Insane asylums in Bengal annual reports 1876-1887 - 1876-1887
Year: 1876
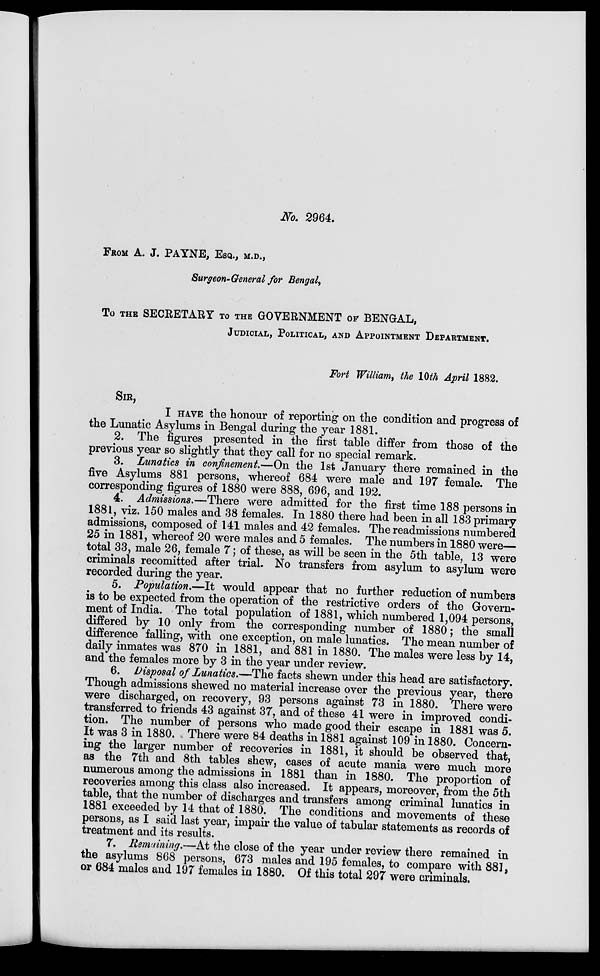
No. 2964.
FROM A. J. PAYNE, ESQ., M.D.,
Surgeon-General for Bengal,
To THE SECRETARY TO THE GOVERNMENT OF BENGAL,
JUDICIAL, POLITICAL, AND APPOINTMENT DEPARTMENT.
Fort William, the 10th April 1882.
SIR,
I HAVE the honour of reporting on the condition and progress of
the Lunatic Asylums in Bengal during the year 1881.
2. The figures presented in the first table differ from those of the
previous year so slightly that they call for no special remark.
3. Lunatics in confinement.—On the 1st January there remained in the
five Asylums 881 persons, whereof 684 were male and 197 female. The
corresponding figures of 1880 were 888, 696, and 192.
4. Admissions.—There were admitted for the first time 188 persons in
1881, viz. 150 males and 38 females. In 1880 there had been in all 183 primary
admissions, composed of 141 males and 42 females. The readmissions numbered
25 in 1881, whereof 20 were males and 5 females. The numbers in 1880 were—
total 33, male 26, female 7 ; of these, as will be seen in the 5th table, 13 were
criminals recomitted after trial. No transfers from asylum to asylum were
recorded during the year.
5. Population.—It would appear that no further reduction of numbers
is to be expected from the operation of the restrictive orders of the Govern-
ment of India. The total population of 1881, which numbered 1,094 persons,
differed by 10 only from the corresponding number of 1880 ; the small
difference falling, with one exception, on male lunatics. The mean number of
daily inmates was 870 in 1881, and 881 in 1880. The males were less by 14,
and the females more by 3 in the year under review.
6. Disposal of Lunatics.—The facts shewn under this head are satisfactory.
Though admissions shewed no material increase over the previous year, there
were discharged, on recovery, 93 persons against 73 in 1880. There were
transferred to friends 43 against 37, and of these 41 were in improved condi-
tion. The number of persons who made good their escape in 1881 was 5.
It was 3 in 1880. There were 84 deaths in 1881 against 109 in 1880. Concern-
ing the larger number of recoveries in 1881, it should be observed that,
as the 7th and 8th tables shew, cases of acute mania were much more
numerous among the admissions in 1881 than in 1880. The proportion of
recoveries among this class also increased. It appears, moreover, from the 5th
table, that the number of discharges and transfers among criminal lunatics in
1881 exceeded by 14 that of 1880. The conditions and movements of these
persons, as I said last year, impair the value of tabular statements as records of
treatment and its results.
7. Remaining.—At the close of the year under review there remained in
the asylums 868 persons, 673 males and 195 females, to compare with 881,
or 684 males and 197 females in 1880. Of this total 297 were criminals.